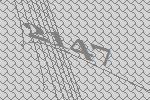
2147